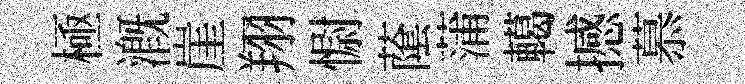
極溉崖翔𢠢䕃蒲轕撼慕